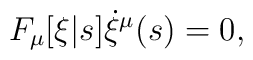
F_\mu[\xi|s] \dot{\xi}^\mu(s) = 0,